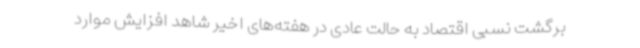
برگشت نسبی اقتصاد به حالت عادی در هفته‌های اخیر شاهد افزایش موارد